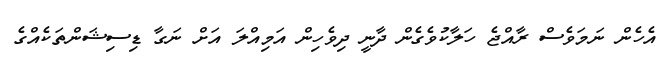
އެހެން ނަމަވެސް ރާއްޖެ ހަލާކުވެގެން ދާނީ ދިވެހިން އަމިއްލަ އަށް ނަގާ ޑިސިޝަންތަކެއްގެ